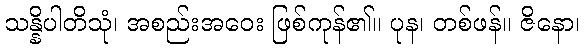
သန္နိပါတိသုံ၊ အစည်းအဝေး ဖြစ်ကုန်၏။ ပုန၊ တစ်ဖန်။ ဇိနော၊